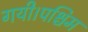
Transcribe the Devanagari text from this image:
गयी।पश्चिम